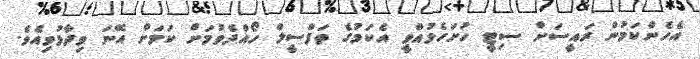
އެހެންކަމުން ރައީސަށް ސިޓީ ހުށަހެޅުއްވީ އެކަމުގެ ތަފްސީލް ހޯއްދެވުމަށް ކަމަށް އޭނަ ވިދާޅުވިއެވެ.